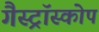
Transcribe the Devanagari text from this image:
गैस्ट्रॉस्कोप